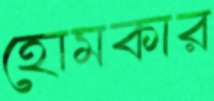
হোমকার